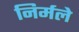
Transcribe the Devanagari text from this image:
निर्मले